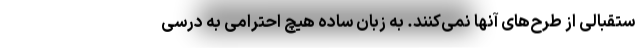
ستقبالی از طرح‌های آنها نمی‌کنند. به زبان ساده هیچ احترامی به درسی